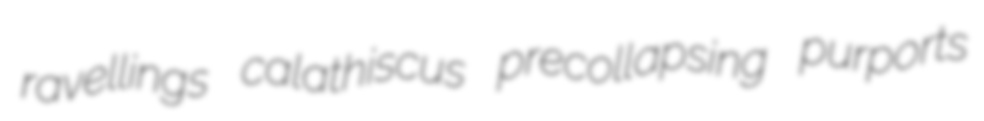
ravellings calathiscus precollapsing purports